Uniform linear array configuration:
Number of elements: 4
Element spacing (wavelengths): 1
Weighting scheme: uniform
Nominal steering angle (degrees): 30
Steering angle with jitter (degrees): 30.58
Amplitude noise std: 0.05
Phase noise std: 0.05

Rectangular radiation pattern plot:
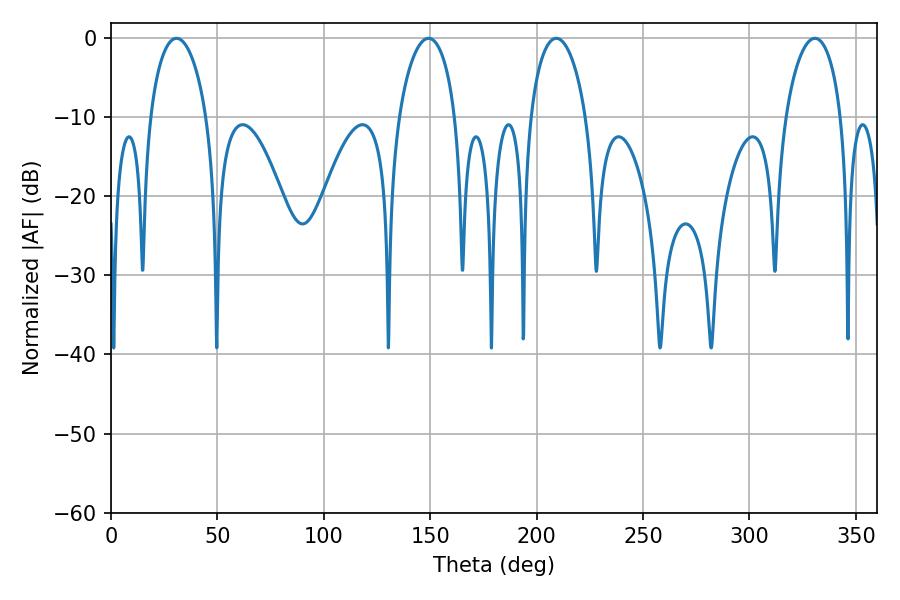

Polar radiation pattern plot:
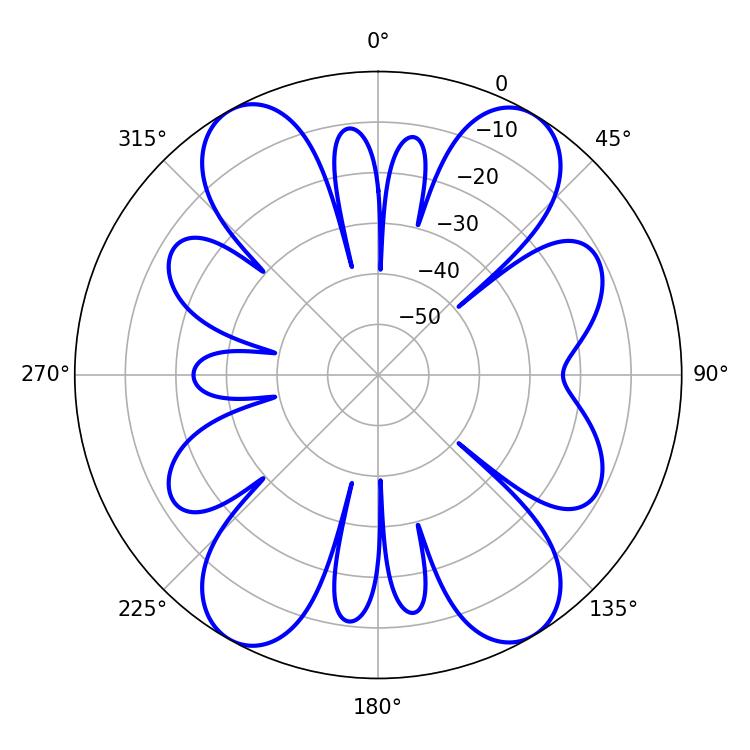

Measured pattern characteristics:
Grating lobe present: TRUE
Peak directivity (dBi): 17.317
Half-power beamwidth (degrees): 15.3
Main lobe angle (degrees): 30.78